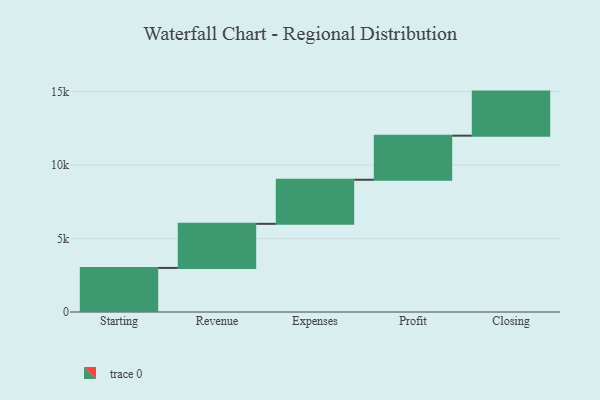
{"axis": {"x": "Step", "y": "Value"}, "legend": [""], "data": [{"x": "Starting", "y": 3000, "type": ""}, {"x": "Revenue", "y": 3000, "type": ""}, {"x": "Expenses", "y": 3000, "type": ""}, {"x": "Profit", "y": 3000, "type": ""}, {"x": "Closing", "y": 3000, "type": ""}]}